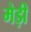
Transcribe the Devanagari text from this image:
मेड़ी